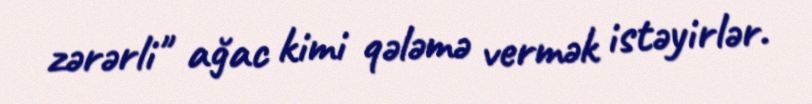
zərərli" ağac kimi qələmə vermək istəyirlər.